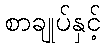
စာချုပ်နှင့်